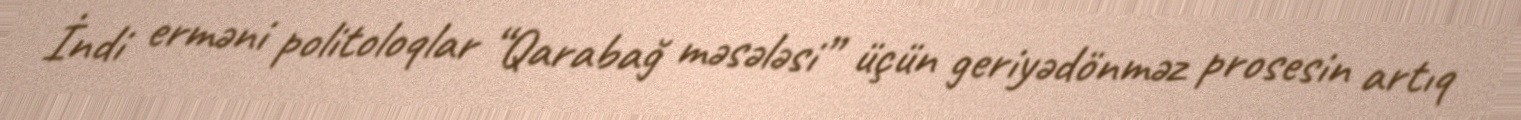
İndi erməni politoloqlar “Qarabağ məsələsi” üçün geriyədönməz prosesin artıq